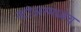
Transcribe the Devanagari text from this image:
स्टोअरमध्येच